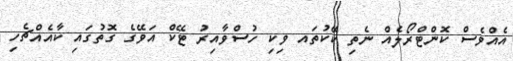
އެއްވެސް ކޮންޓްރޯލެއް ނެތި ކޭކުތައ ވިކި ހުސްވާއިރު ޓޭކް އަވޭގެ ގޮތުގައި ކާއެއްޗެހި